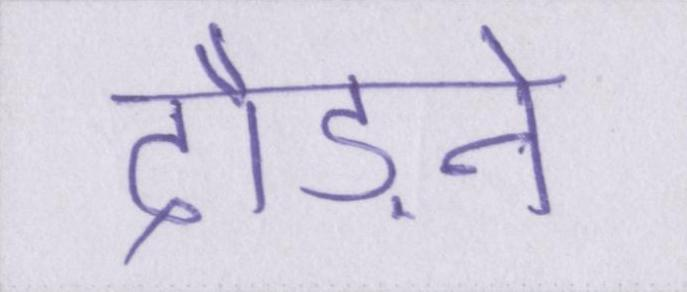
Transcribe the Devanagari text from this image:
दौड़ने